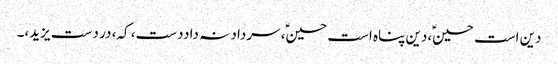
دین است حسینؑ،دین پناہ است حسینؑ، سرداد نہ داددست، کہ، در دست یزید،۔